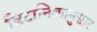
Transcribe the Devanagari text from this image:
ब्रिटानिकानुसार